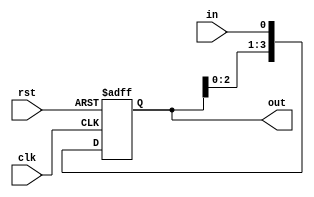
// Design and verify a simple shift register

module day6 (
    input clk, rst, in,
    output [3:0] out
);
    
    reg [3:0] current;
    reg [3:0] next;

    always @(posedge clk or posedge rst) begin
        if (rst) begin
            current <= 0;
        end
        else begin
            current <= next;
        end
    end

    always @(*) next = {current[2:0], in};
    assign out = current;

endmodule